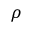
\rho